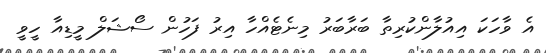
އެ ވާހަކަ އިއުލާންކުރިތާ ބަރާބަރު މިނެޓެއްހާ އިރު ފަހުން ސޯޝަލް މީޑިއާ ހީވީ